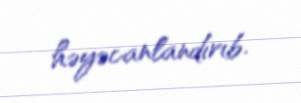
həyəcanlandırıb.